Indian journal of veterinary science and animal husbandry - Volume 3,
Year: 1933
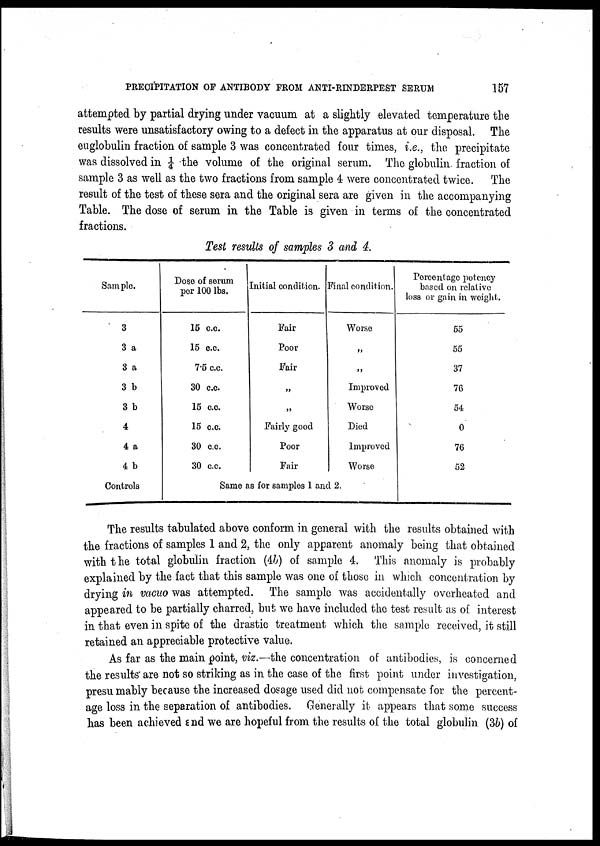
PRECIPITATION OF ANTIBODY FROM ANTI-RINDERPEST SERUM
157
attempted by partial drying under vacuum at a slightly elevated temperature the
results were unsatisfactory owing to a defect in the apparatus at our disposal. The
euglobulin fraction of sample 3 was concentrated four times, i.e., the precipitate
was dissolved in ¼ the volume of the original serum. The globulin fraction of
sample 3 as well as the two fractions from sample 4 were concentrated twice. The
result of the test of these sera and the original sera are given in the accompanying
Table. The dose of serum in the Table is given in terms of the concentrated
fractions.
Test results of samples 3 and 4.
Sample.
3
3 a
3 a
3 b
3 b
4
4 a
4 b
Controls
Dose of serum
per 100 lbs.
15 c.c.
15 c.c.
7.5 c.c.
30 c.c.
15 c.c.
15 c.c.
30 c.c.
30 c.c.
Initial condition.
Fair
Poor
Fair
„
„
Fairly good
Poor
Fair
Final condition.
Worse
„
„
Improved
Worse
Died
Improved
Worse
Same as for samples 1 and 2.
Percentage potency
based on relative
loss or gain in weight.
55
55
37
76
54
0
76
52
The results tabulated above conform in general with the results obtained with
the fractions of samples 1 and 2, the only apparent anomaly being that obtained
with the total globulin fraction (4b) of sample 4. This anomaly is probably
explained by the fact that this sample was one of those in which concentration by
drying in vacuo was attempted. The sample was accidentally overheated and
appeared to be partially charred, but we have included the test result as of interest
in that even in spite of the drastic treatment which the sample received, it still
retained an appreciable protective value.
As far as the main point, viz.—the concentration of antibodies, is concerned
the results are not so striking as in the case of the first point under investigation,
presu mably because the increased dosage used did not compensate for the percent-
age loss in the separation of antibodies. Generally it appears that some success
has been achieved and we are hopeful from the results of the total globulin (3b) of